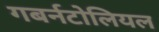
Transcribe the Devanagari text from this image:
गबर्नटोलियल